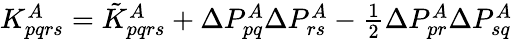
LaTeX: \begin{array}{r}{K_{pqrs}^{A}=\tilde{K}_{pqrs}^{A}+\Delta P_{pq}^{A}\Delta P_{rs}^{A}-\frac{1}{2}\Delta P_{pr}^{A}\Delta P_{sq}^{A}}\end{array}